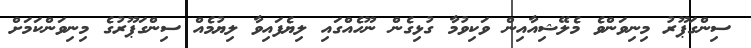
ސިންގަޕޫރު މިނިވަންވެ މެލޭޝިއާއިން ވަކިވުމާ ގުޅިގެން ނޫހެއްގައި ލިޔެފައިވާ ލިޔުމެއް ސިންގަޕޫރުގެ މިނިވަންކަމަށް